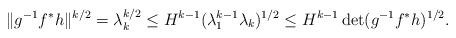
LaTeX: \begin{align*}\|g^{-1}f^*h\|^{k/2}=\lambda_k^{k/2}\leq H^{k-1}(\lambda_1^{k-1}\lambda_k)^{1/2}\leq H^{k-1}\det(g^{-1}f^*h)^{1/2}.\end{align*}